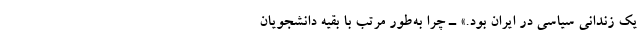
یک زندانی سیاسی در ایران بود.» ـ چرا به‌طور مرتب با بقیه دانشجویان